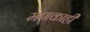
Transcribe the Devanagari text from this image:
मणकाही